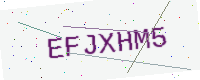
Text: EFJXHM5